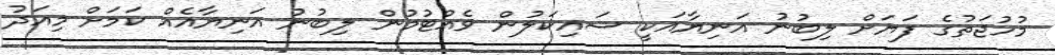
މުހުޖަތުގެ ފަޔަށް ލިބުނު އަނިޔާއަކީ ސައިކަލުން ވެއްޓުމުން ލިބުނު އަނިޔާއެއް ކަމަށް މިއަދު